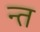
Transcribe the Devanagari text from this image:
न्त